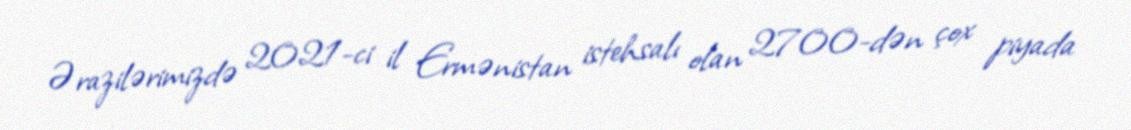
Ərazilərimizdə 2021-ci il Ermənistan istehsalı olan 2700-dən çox piyada